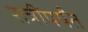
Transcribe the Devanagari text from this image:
रात्रींपर्यंत